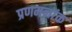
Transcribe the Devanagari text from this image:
प्रणमनांक